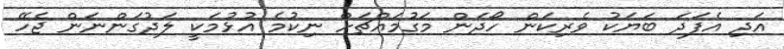
އަދި އެފަދަ ބަޔަކު ވެރިކަން ހޯދަން މަގުމައްޗަށް ނިކުމެ އުޅުމަކީ ލަދުގަންނަން ޖެހޭ